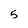
Character: 5